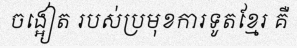
ចង្អៀត របស់ប្រមុខការទូតខ្មែរ គឺ